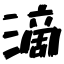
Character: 滴